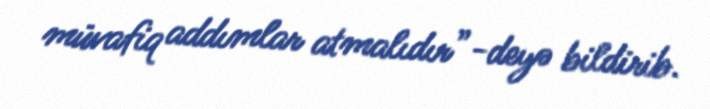
müvafiq addımlar atmalıdır”-deyə bildirib.